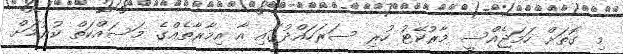
މި ގޮތަށް ހަމަޖެއްސީ މާރުކޭޓު ހުރި ސަރަހައްދުގައި އާ އިމާރާތެއްގެ މަސައްކަތް ކުރުމަށް